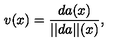
v ( x ) = { \frac { d a ( x ) } { | | d a | | ( x ) } } ,